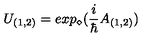
U _ { ( 1 , 2 ) } = e x p _ { \diamond } ( \frac { i } { \hbar } A _ { ( 1 , 2 ) } )